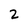
Character: 2